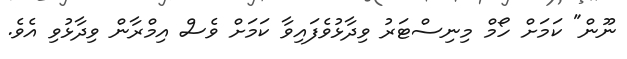
ނޫން" ކަމަށް ހޯމް މިނިސްޓަރު ވިދާޅުވެފައިވާ ކަމަށް ވެސް އިމްރާން ވިދާޅުވި އެވެ.